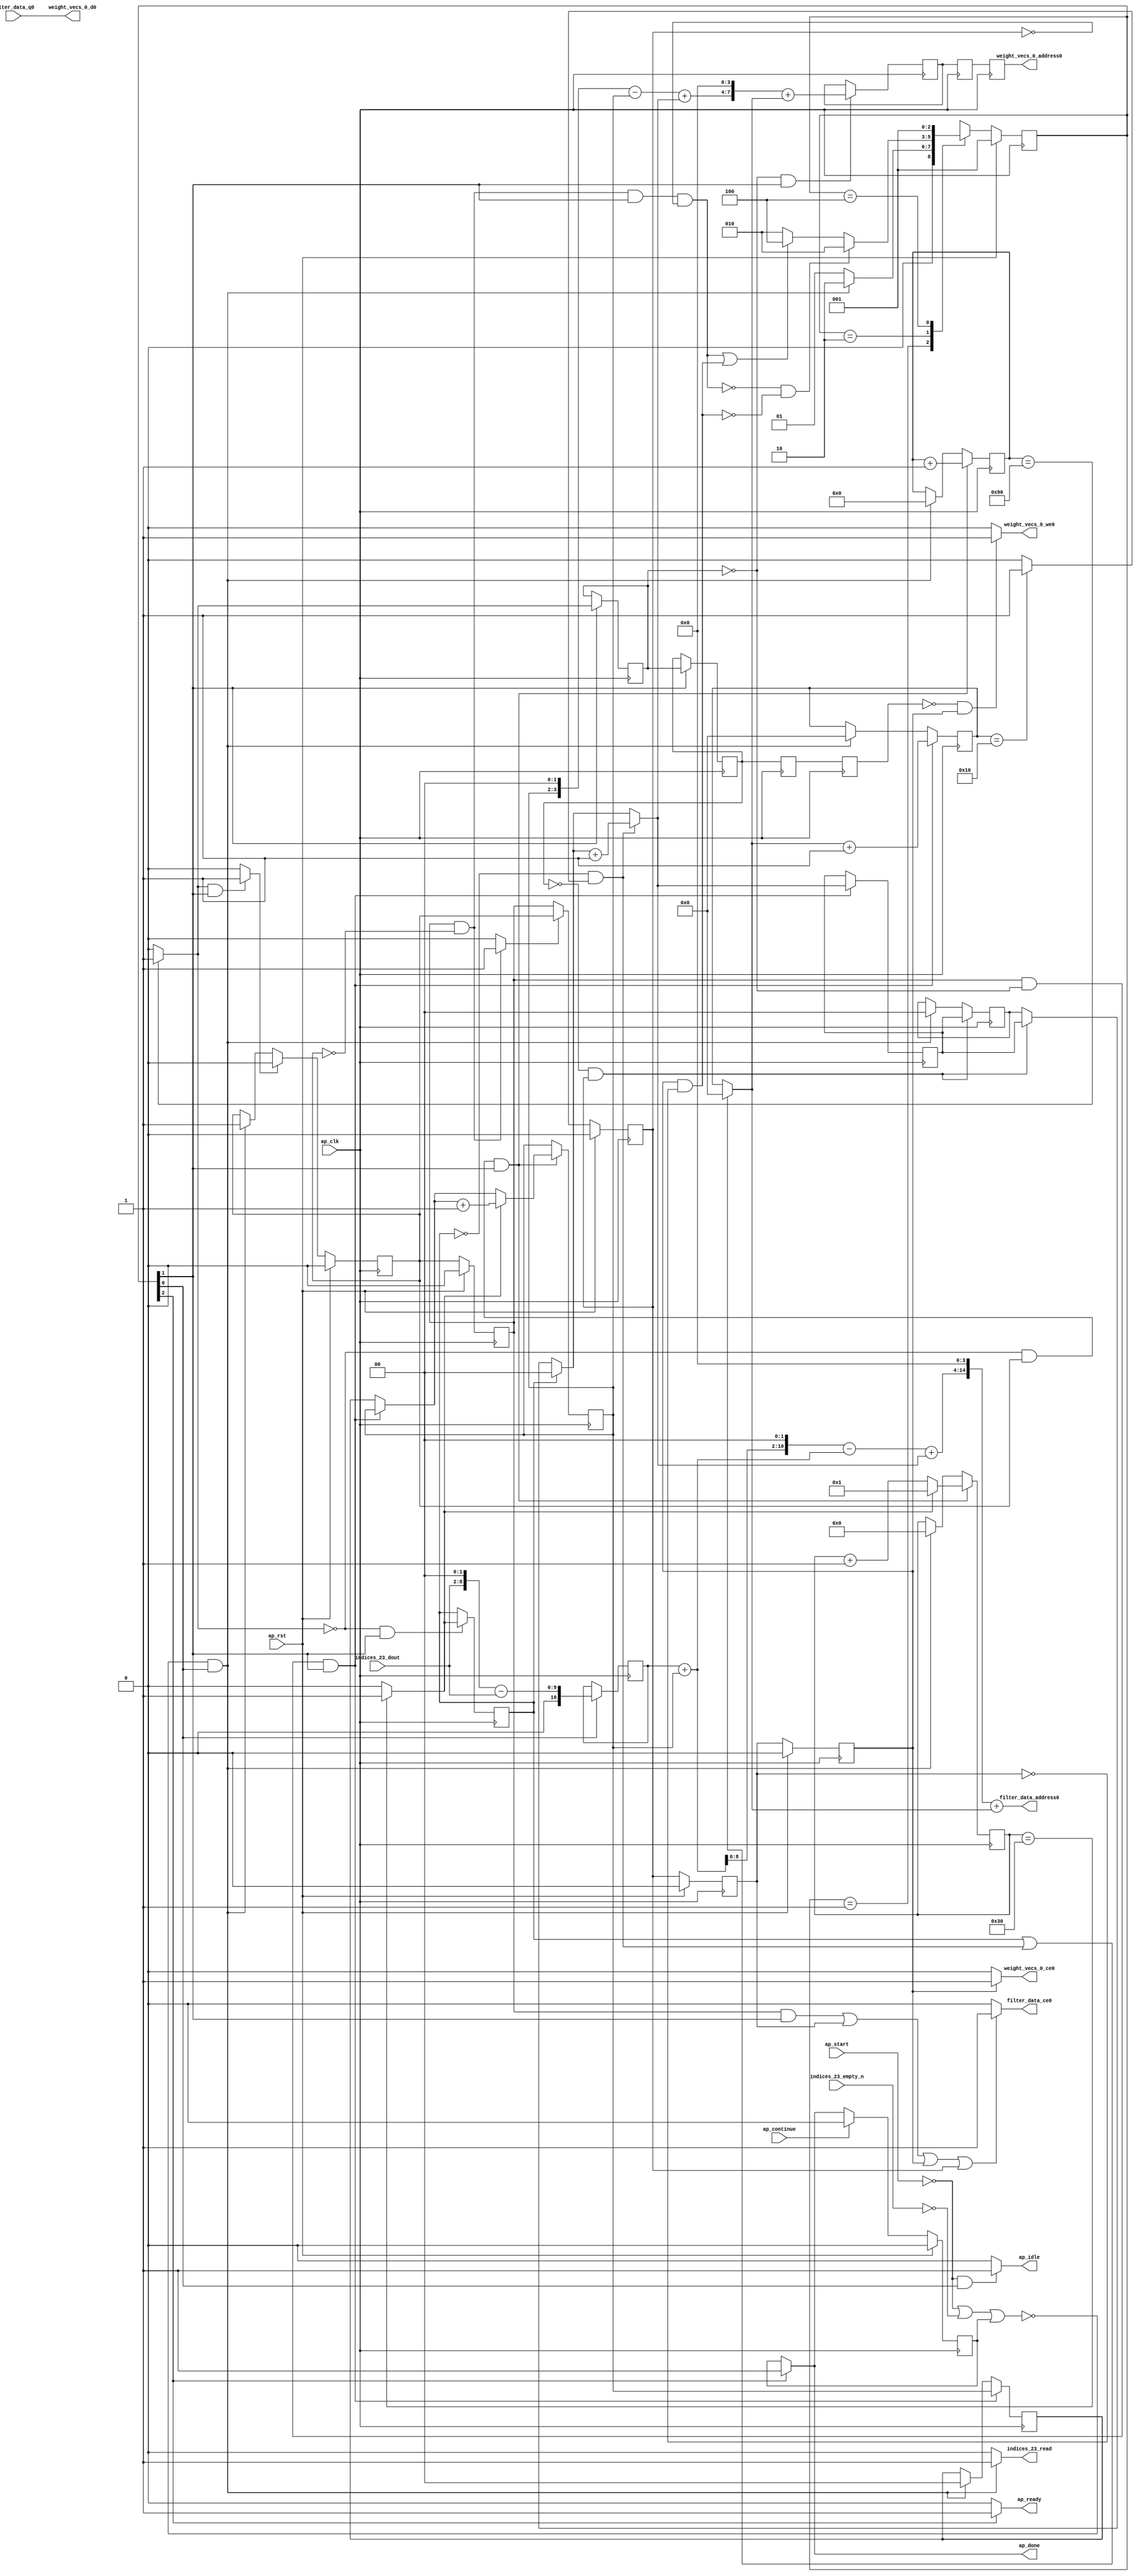
`define EXPONENT 5
`define MANTISSA 10
`define ACTUAL_MANTISSA 11
`define EXPONENT_LSB 10
`define EXPONENT_MSB 14
`define MANTISSA_LSB 0
`define MANTISSA_MSB 9
`define MANTISSA_MUL_SPLIT_LSB 3
`define MANTISSA_MUL_SPLIT_MSB 9
`define SIGN 1
`define SIGN_LOC 15
`define DWIDTH (`SIGN+`EXPONENT+`MANTISSA)
`define IEEE_COMPLIANCE 1

module td_fused_top_tdf4_readFilters36 (
        ap_clk,
        ap_rst,
        ap_start,
        ap_done,
        ap_continue,
        ap_idle,
        ap_ready,
        filter_data_address0,
        filter_data_ce0,
        filter_data_q0,
        indices_23_dout,
        indices_23_empty_n,
        indices_23_read,
        weight_vecs_0_address0,
        weight_vecs_0_ce0,
        weight_vecs_0_we0,
        weight_vecs_0_d0
);

parameter    ap_ST_fsm_state1 = 3'd1;
parameter    ap_ST_fsm_pp0_stage0 = 3'd2;
parameter    ap_ST_fsm_state7 = 3'd4;

input   ap_clk;
input   ap_rst;
input   ap_start;
output   ap_done;
input   ap_continue;
output   ap_idle;
output   ap_ready;
output  [14:0] filter_data_address0;
output   filter_data_ce0;
input  [15:0] filter_data_q0;
input  [6:0] indices_23_dout;
input   indices_23_empty_n;
output   indices_23_read;
output  [7:0] weight_vecs_0_address0;
output   weight_vecs_0_ce0;
output   weight_vecs_0_we0;
output  [15:0] weight_vecs_0_d0;

reg ap_done;
reg ap_idle;
reg ap_ready;
reg filter_data_ce0;
reg indices_23_read;
reg weight_vecs_0_ce0;
reg weight_vecs_0_we0;

reg    ap_done_reg;
  reg   [2:0] ap_CS_fsm;
wire    ap_CS_fsm_state1;
reg    indices_23_blk_n;
reg   [7:0] indvar_flatten13_reg_123;
reg   [1:0] ii_reg_134;
reg   [6:0] indvar_flatten_reg_145;
reg   [1:0] jj_reg_156;
reg   [4:0] kk_reg_167;
wire   [10:0] sext_ln47_fu_200_p1;
reg   [10:0] sext_ln47_reg_408;
wire   [7:0] add_ln47_4_fu_204_p2;
wire    ap_CS_fsm_pp0_stage0;
reg    ap_enable_reg_pp0_iter0;
wire    ap_block_state2_pp0_stage0_iter0;
wire    ap_block_state3_pp0_stage0_iter1;
wire    ap_block_state4_pp0_stage0_iter2;
wire    ap_block_state5_pp0_stage0_iter3;
wire    ap_block_state6_pp0_stage0_iter4;
wire    ap_block_pp0_stage0_11001;
wire   [0:0] icmp_ln47_fu_210_p2;
reg   [0:0] icmp_ln47_reg_418;
reg   [0:0] icmp_ln47_reg_418_pp0_iter1_reg;
reg   [0:0] icmp_ln47_reg_418_pp0_iter2_reg;
reg   [0:0] icmp_ln47_reg_418_pp0_iter3_reg;
wire   [0:0] icmp_ln48_fu_222_p2;
reg   [0:0] icmp_ln48_reg_422;
wire   [1:0] select_ln47_4_fu_228_p3;
reg   [1:0] select_ln47_4_reg_429;
wire   [6:0] select_ln48_8_fu_242_p3;
wire   [1:0] select_ln48_7_fu_329_p3;
reg   [1:0] select_ln48_7_reg_442;
reg    ap_enable_reg_pp0_iter1;
wire   [7:0] add_ln55_16_fu_392_p2;
reg   [7:0] add_ln55_16_reg_452;
reg   [7:0] add_ln55_16_reg_452_pp0_iter2_reg;
reg   [7:0] add_ln55_16_reg_452_pp0_iter3_reg;
wire   [4:0] add_ln49_fu_398_p2;
reg    ap_block_state1;
wire    ap_block_pp0_stage0_subdone;
reg    ap_condition_pp0_flush_enable;
reg    ap_enable_reg_pp0_iter2;
reg    ap_condition_pp0_exit_iter1_state3;
reg    ap_enable_reg_pp0_iter3;
reg    ap_enable_reg_pp0_iter4;
reg   [1:0] ap_phi_mux_ii_phi_fu_138_p4;
wire    ap_block_pp0_stage0;
reg   [1:0] ap_phi_mux_jj_phi_fu_160_p4;
wire   [63:0] zext_ln55_37_fu_387_p1;
wire   [63:0] zext_ln55_38_fu_404_p1;
wire   [8:0] tmp_fu_182_p3;
wire   [9:0] zext_ln55_30_fu_190_p1;
wire   [9:0] zext_ln55_fu_178_p1;
wire   [9:0] sub_ln55_fu_194_p2;
wire   [1:0] add_ln47_fu_216_p2;
wire   [6:0] add_ln48_4_fu_236_p2;
wire   [10:0] zext_ln55_32_fu_260_p1;
wire   [10:0] add_ln55_fu_263_p2;
wire   [10:0] shl_ln55_fu_268_p2;
wire   [3:0] tmp_s_fu_280_p3;
wire   [3:0] zext_ln55_31_fu_257_p1;
wire   [0:0] icmp_ln49_fu_298_p2;
wire   [0:0] xor_ln47_fu_293_p2;
wire   [1:0] select_ln47_fu_250_p3;
wire   [0:0] and_ln47_fu_304_p2;
wire   [0:0] or_ln48_fu_316_p2;
wire   [1:0] add_ln48_fu_310_p2;
wire   [10:0] sub_ln55_7_fu_274_p2;
wire   [10:0] zext_ln55_34_fu_341_p1;
wire   [10:0] add_ln55_13_fu_345_p2;
wire   [3:0] sub_ln55_8_fu_287_p2;
wire   [3:0] zext_ln55_33_fu_337_p1;
wire   [3:0] add_ln55_14_fu_359_p2;
wire   [4:0] select_ln48_fu_321_p3;
wire   [14:0] tmp_91_cast_fu_351_p3;
wire   [14:0] zext_ln55_36_fu_377_p1;
wire   [14:0] add_ln55_15_fu_381_p2;
wire   [7:0] tmp_93_cast_fu_365_p3;
wire   [7:0] zext_ln55_35_fu_373_p1;
wire    ap_CS_fsm_state7;
reg   [2:0] ap_NS_fsm;
reg    ap_idle_pp0;
wire    ap_enable_pp0;
wire    ap_ce_reg;

// power-on initialization
initial begin
#0 ap_done_reg = 1'b0;
#0 ap_CS_fsm = 3'd1;
#0 ap_enable_reg_pp0_iter0 = 1'b0;
#0 ap_enable_reg_pp0_iter1 = 1'b0;
#0 ap_enable_reg_pp0_iter2 = 1'b0;
#0 ap_enable_reg_pp0_iter3 = 1'b0;
#0 ap_enable_reg_pp0_iter4 = 1'b0;
end

always @ (posedge ap_clk) begin
    if (ap_rst == 1'b1) begin
        ap_CS_fsm <= ap_ST_fsm_state1;
    end else begin
        ap_CS_fsm <= ap_NS_fsm;
    end
end

always @ (posedge ap_clk) begin
    if (ap_rst == 1'b1) begin
        ap_done_reg <= 1'b0;
    end else begin
        if ((ap_continue == 1'b1)) begin
            ap_done_reg <= 1'b0;
        end else if ((1'b1 == ap_CS_fsm_state7)) begin
            ap_done_reg <= 1'b1;
        end
    end
end

always @ (posedge ap_clk) begin
    if (ap_rst == 1'b1) begin
        ap_enable_reg_pp0_iter0 <= 1'b0;
    end else begin
        if ((1'b1 == ap_condition_pp0_flush_enable)) begin
            ap_enable_reg_pp0_iter0 <= 1'b0;
        end else if ((~((ap_start == 1'b0) | (indices_23_empty_n == 1'b0) | (ap_done_reg == 1'b1)) & (1'b1 == ap_CS_fsm_state1))) begin
            ap_enable_reg_pp0_iter0 <= 1'b1;
        end
    end
end

always @ (posedge ap_clk) begin
    if (ap_rst == 1'b1) begin
        ap_enable_reg_pp0_iter1 <= 1'b0;
    end else begin
        if ((1'b0 == ap_block_pp0_stage0_subdone)) begin
            ap_enable_reg_pp0_iter1 <= ap_enable_reg_pp0_iter0;
        end
    end
end

always @ (posedge ap_clk) begin
    if (ap_rst == 1'b1) begin
        ap_enable_reg_pp0_iter2 <= 1'b0;
    end else begin
        if ((1'b0 == ap_block_pp0_stage0_subdone)) begin
            if ((1'b1 == ap_condition_pp0_exit_iter1_state3)) begin
                ap_enable_reg_pp0_iter2 <= ap_enable_reg_pp0_iter0;
            end else if ((1'b1 == 1'b1)) begin
                ap_enable_reg_pp0_iter2 <= ap_enable_reg_pp0_iter1;
            end
        end
    end
end

always @ (posedge ap_clk) begin
    if (ap_rst == 1'b1) begin
        ap_enable_reg_pp0_iter3 <= 1'b0;
    end else begin
        if ((1'b0 == ap_block_pp0_stage0_subdone)) begin
            ap_enable_reg_pp0_iter3 <= ap_enable_reg_pp0_iter2;
        end
    end
end

always @ (posedge ap_clk) begin
    if (ap_rst == 1'b1) begin
        ap_enable_reg_pp0_iter4 <= 1'b0;
    end else begin
        if ((1'b0 == ap_block_pp0_stage0_subdone)) begin
            ap_enable_reg_pp0_iter4 <= ap_enable_reg_pp0_iter3;
        end else if ((~((ap_start == 1'b0) | (indices_23_empty_n == 1'b0) | (ap_done_reg == 1'b1)) & (1'b1 == ap_CS_fsm_state1))) begin
            ap_enable_reg_pp0_iter4 <= 1'b0;
        end
    end
end

always @ (posedge ap_clk) begin
    if (((ap_enable_reg_pp0_iter1 == 1'b1) & (icmp_ln47_reg_418 == 1'd0) & (1'b0 == ap_block_pp0_stage0_11001) & (1'b1 == ap_CS_fsm_pp0_stage0))) begin
        ii_reg_134 <= select_ln47_4_reg_429;
    end else if ((~((ap_start == 1'b0) | (indices_23_empty_n == 1'b0) | (ap_done_reg == 1'b1)) & (1'b1 == ap_CS_fsm_state1))) begin
        ii_reg_134 <= 2'd0;
    end
end

always @ (posedge ap_clk) begin
    if (((icmp_ln47_fu_210_p2 == 1'd0) & (1'b0 == ap_block_pp0_stage0_11001) & (ap_enable_reg_pp0_iter0 == 1'b1) & (1'b1 == ap_CS_fsm_pp0_stage0))) begin
        indvar_flatten13_reg_123 <= add_ln47_4_fu_204_p2;
    end else if ((~((ap_start == 1'b0) | (indices_23_empty_n == 1'b0) | (ap_done_reg == 1'b1)) & (1'b1 == ap_CS_fsm_state1))) begin
        indvar_flatten13_reg_123 <= 8'd0;
    end
end

always @ (posedge ap_clk) begin
    if (((icmp_ln47_fu_210_p2 == 1'd0) & (1'b0 == ap_block_pp0_stage0_11001) & (ap_enable_reg_pp0_iter0 == 1'b1) & (1'b1 == ap_CS_fsm_pp0_stage0))) begin
        indvar_flatten_reg_145 <= select_ln48_8_fu_242_p3;
    end else if ((~((ap_start == 1'b0) | (indices_23_empty_n == 1'b0) | (ap_done_reg == 1'b1)) & (1'b1 == ap_CS_fsm_state1))) begin
        indvar_flatten_reg_145 <= 7'd0;
    end
end

always @ (posedge ap_clk) begin
    if (((icmp_ln47_reg_418_pp0_iter1_reg == 1'd0) & (1'b0 == ap_block_pp0_stage0_11001) & (ap_enable_reg_pp0_iter2 == 1'b1))) begin
        jj_reg_156 <= select_ln48_7_reg_442;
    end else if ((~((ap_start == 1'b0) | (indices_23_empty_n == 1'b0) | (ap_done_reg == 1'b1)) & (1'b1 == ap_CS_fsm_state1))) begin
        jj_reg_156 <= 2'd0;
    end
end

always @ (posedge ap_clk) begin
    if (((ap_enable_reg_pp0_iter1 == 1'b1) & (icmp_ln47_reg_418 == 1'd0) & (1'b0 == ap_block_pp0_stage0_11001) & (1'b1 == ap_CS_fsm_pp0_stage0))) begin
        kk_reg_167 <= add_ln49_fu_398_p2;
    end else if ((~((ap_start == 1'b0) | (indices_23_empty_n == 1'b0) | (ap_done_reg == 1'b1)) & (1'b1 == ap_CS_fsm_state1))) begin
        kk_reg_167 <= 5'd0;
    end
end

always @ (posedge ap_clk) begin
    if (((icmp_ln47_reg_418 == 1'd0) & (1'b0 == ap_block_pp0_stage0_11001) & (1'b1 == ap_CS_fsm_pp0_stage0))) begin
        add_ln55_16_reg_452 <= add_ln55_16_fu_392_p2;
    end
end

always @ (posedge ap_clk) begin
    if ((1'b0 == ap_block_pp0_stage0_11001)) begin
        add_ln55_16_reg_452_pp0_iter2_reg <= add_ln55_16_reg_452;
        add_ln55_16_reg_452_pp0_iter3_reg <= add_ln55_16_reg_452_pp0_iter2_reg;
        icmp_ln47_reg_418_pp0_iter2_reg <= icmp_ln47_reg_418_pp0_iter1_reg;
        icmp_ln47_reg_418_pp0_iter3_reg <= icmp_ln47_reg_418_pp0_iter2_reg;
    end
end

always @ (posedge ap_clk) begin
    if (((1'b0 == ap_block_pp0_stage0_11001) & (1'b1 == ap_CS_fsm_pp0_stage0))) begin
        icmp_ln47_reg_418 <= icmp_ln47_fu_210_p2;
        icmp_ln47_reg_418_pp0_iter1_reg <= icmp_ln47_reg_418;
    end
end

always @ (posedge ap_clk) begin
    if (((icmp_ln47_fu_210_p2 == 1'd0) & (1'b0 == ap_block_pp0_stage0_11001) & (1'b1 == ap_CS_fsm_pp0_stage0))) begin
        icmp_ln48_reg_422 <= icmp_ln48_fu_222_p2;
    end
end

always @ (posedge ap_clk) begin
    if (((icmp_ln47_fu_210_p2 == 1'd0) & (1'b0 == ap_block_pp0_stage0_11001) & (ap_enable_reg_pp0_iter0 == 1'b1) & (1'b1 == ap_CS_fsm_pp0_stage0))) begin
        select_ln47_4_reg_429 <= select_ln47_4_fu_228_p3;
    end
end

always @ (posedge ap_clk) begin
    if (((ap_enable_reg_pp0_iter1 == 1'b1) & (icmp_ln47_reg_418 == 1'd0) & (1'b0 == ap_block_pp0_stage0_11001) & (1'b1 == ap_CS_fsm_pp0_stage0))) begin
        select_ln48_7_reg_442 <= select_ln48_7_fu_329_p3;
    end
end

always @ (posedge ap_clk) begin
    if ((1'b1 == ap_CS_fsm_state1)) begin
        sext_ln47_reg_408 <= sext_ln47_fu_200_p1;
    end
end

always @ (*) begin
    if (((ap_enable_reg_pp0_iter1 == 1'b1) & (ap_enable_reg_pp0_iter0 == 1'b0))) begin
        ap_condition_pp0_exit_iter1_state3 = 1'b1;
    end else begin
        ap_condition_pp0_exit_iter1_state3 = 1'b0;
    end
end

always @ (*) begin
    if (((icmp_ln47_fu_210_p2 == 1'd1) & (1'b0 == ap_block_pp0_stage0_subdone) & (1'b1 == ap_CS_fsm_pp0_stage0))) begin
        ap_condition_pp0_flush_enable = 1'b1;
    end else begin
        ap_condition_pp0_flush_enable = 1'b0;
    end
end

always @ (*) begin
    if ((1'b1 == ap_CS_fsm_state7)) begin
        ap_done = 1'b1;
    end else begin
        ap_done = ap_done_reg;
    end
end

always @ (*) begin
    if (((ap_start == 1'b0) & (1'b1 == ap_CS_fsm_state1))) begin
        ap_idle = 1'b1;
    end else begin
        ap_idle = 1'b0;
    end
end

always @ (*) begin
    if (((ap_enable_reg_pp0_iter1 == 1'b0) & (ap_enable_reg_pp0_iter0 == 1'b0) & (ap_enable_reg_pp0_iter4 == 1'b0) & (ap_enable_reg_pp0_iter3 == 1'b0) & (ap_enable_reg_pp0_iter2 == 1'b0))) begin
        ap_idle_pp0 = 1'b1;
    end else begin
        ap_idle_pp0 = 1'b0;
    end
end

always @ (*) begin
    if (((ap_enable_reg_pp0_iter1 == 1'b1) & (icmp_ln47_reg_418 == 1'd0) & (1'b0 == ap_block_pp0_stage0) & (1'b1 == ap_CS_fsm_pp0_stage0))) begin
        ap_phi_mux_ii_phi_fu_138_p4 = select_ln47_4_reg_429;
    end else begin
        ap_phi_mux_ii_phi_fu_138_p4 = ii_reg_134;
    end
end

always @ (*) begin
    if (((icmp_ln47_reg_418_pp0_iter1_reg == 1'd0) & (1'b0 == ap_block_pp0_stage0) & (ap_enable_reg_pp0_iter2 == 1'b1))) begin
        ap_phi_mux_jj_phi_fu_160_p4 = select_ln48_7_reg_442;
    end else begin
        ap_phi_mux_jj_phi_fu_160_p4 = jj_reg_156;
    end
end

always @ (*) begin
    if ((1'b1 == ap_CS_fsm_state7)) begin
        ap_ready = 1'b1;
    end else begin
        ap_ready = 1'b0;
    end
end

always @ (*) begin
    if ((((ap_enable_reg_pp0_iter1 == 1'b1) & (1'b0 == ap_block_pp0_stage0_11001) & (1'b1 == ap_CS_fsm_pp0_stage0)) | ((1'b0 == ap_block_pp0_stage0_11001) & (ap_enable_reg_pp0_iter3 == 1'b1)) | ((1'b0 == ap_block_pp0_stage0_11001) & (ap_enable_reg_pp0_iter4 == 1'b1)) | ((1'b0 == ap_block_pp0_stage0_11001) & (ap_enable_reg_pp0_iter2 == 1'b1)))) begin
        filter_data_ce0 = 1'b1;
    end else begin
        filter_data_ce0 = 1'b0;
    end
end

always @ (*) begin
    if ((~((ap_start == 1'b0) | (ap_done_reg == 1'b1)) & (1'b1 == ap_CS_fsm_state1))) begin
        indices_23_blk_n = indices_23_empty_n;
    end else begin
        indices_23_blk_n = 1'b1;
    end
end

always @ (*) begin
    if ((~((ap_start == 1'b0) | (indices_23_empty_n == 1'b0) | (ap_done_reg == 1'b1)) & (1'b1 == ap_CS_fsm_state1))) begin
        indices_23_read = 1'b1;
    end else begin
        indices_23_read = 1'b0;
    end
end

always @ (*) begin
    if (((1'b0 == ap_block_pp0_stage0_11001) & (ap_enable_reg_pp0_iter4 == 1'b1))) begin
        weight_vecs_0_ce0 = 1'b1;
    end else begin
        weight_vecs_0_ce0 = 1'b0;
    end
end

always @ (*) begin
    if (((icmp_ln47_reg_418_pp0_iter3_reg == 1'd0) & (1'b0 == ap_block_pp0_stage0_11001) & (ap_enable_reg_pp0_iter4 == 1'b1))) begin
        weight_vecs_0_we0 = 1'b1;
    end else begin
        weight_vecs_0_we0 = 1'b0;
    end
end

always @ (*) begin
    case (ap_CS_fsm)
        ap_ST_fsm_state1 : begin
            if ((~((ap_start == 1'b0) | (indices_23_empty_n == 1'b0) | (ap_done_reg == 1'b1)) & (1'b1 == ap_CS_fsm_state1))) begin
                ap_NS_fsm = ap_ST_fsm_pp0_stage0;
            end else begin
                ap_NS_fsm = ap_ST_fsm_state1;
            end
        end
        ap_ST_fsm_pp0_stage0 : begin
            if ((~((ap_enable_reg_pp0_iter1 == 1'b1) & (1'b0 == ap_block_pp0_stage0_subdone) & (ap_enable_reg_pp0_iter0 == 1'b0) & (1'b1 == ap_CS_fsm_pp0_stage0) & (ap_enable_reg_pp0_iter2 == 1'b0)) & ~((1'b0 == ap_block_pp0_stage0_subdone) & (ap_enable_reg_pp0_iter4 == 1'b1) & (ap_enable_reg_pp0_iter3 == 1'b0)))) begin
                ap_NS_fsm = ap_ST_fsm_pp0_stage0;
            end else if ((((ap_enable_reg_pp0_iter1 == 1'b1) & (1'b0 == ap_block_pp0_stage0_subdone) & (ap_enable_reg_pp0_iter0 == 1'b0) & (1'b1 == ap_CS_fsm_pp0_stage0) & (ap_enable_reg_pp0_iter2 == 1'b0)) | ((1'b0 == ap_block_pp0_stage0_subdone) & (ap_enable_reg_pp0_iter4 == 1'b1) & (ap_enable_reg_pp0_iter3 == 1'b0)))) begin
                ap_NS_fsm = ap_ST_fsm_state7;
            end else begin
                ap_NS_fsm = ap_ST_fsm_pp0_stage0;
            end
        end
        ap_ST_fsm_state7 : begin
            ap_NS_fsm = ap_ST_fsm_state1;
        end
        default : begin
            ap_NS_fsm = 'bx;
        end
    endcase
end

assign add_ln47_4_fu_204_p2 = (indvar_flatten13_reg_123 + 8'd1);

assign add_ln47_fu_216_p2 = (ap_phi_mux_ii_phi_fu_138_p4 + 2'd1);

assign add_ln48_4_fu_236_p2 = (indvar_flatten_reg_145 + 7'd1);

assign add_ln48_fu_310_p2 = (select_ln47_fu_250_p3 + 2'd1);

assign add_ln49_fu_398_p2 = (select_ln48_fu_321_p3 + 5'd1);

assign add_ln55_13_fu_345_p2 = (sub_ln55_7_fu_274_p2 + zext_ln55_34_fu_341_p1);

assign add_ln55_14_fu_359_p2 = (sub_ln55_8_fu_287_p2 + zext_ln55_33_fu_337_p1);

assign add_ln55_15_fu_381_p2 = (tmp_91_cast_fu_351_p3 + zext_ln55_36_fu_377_p1);

assign add_ln55_16_fu_392_p2 = (tmp_93_cast_fu_365_p3 + zext_ln55_35_fu_373_p1);

assign add_ln55_fu_263_p2 = ((sext_ln47_reg_408) + (zext_ln55_32_fu_260_p1));

assign and_ln47_fu_304_p2 = (xor_ln47_fu_293_p2 & icmp_ln49_fu_298_p2);

assign ap_CS_fsm_pp0_stage0 = ap_CS_fsm[32'd1];

assign ap_CS_fsm_state1 = ap_CS_fsm[32'd0];

assign ap_CS_fsm_state7 = ap_CS_fsm[32'd2];

assign ap_block_pp0_stage0 = ~(1'b1 == 1'b1);

assign ap_block_pp0_stage0_11001 = ~(1'b1 == 1'b1);

assign ap_block_pp0_stage0_subdone = ~(1'b1 == 1'b1);

always @ (*) begin
    ap_block_state1 = ((ap_start == 1'b0) | (indices_23_empty_n == 1'b0) | (ap_done_reg == 1'b1));
end

assign ap_block_state2_pp0_stage0_iter0 = ~(1'b1 == 1'b1);

assign ap_block_state3_pp0_stage0_iter1 = ~(1'b1 == 1'b1);

assign ap_block_state4_pp0_stage0_iter2 = ~(1'b1 == 1'b1);

assign ap_block_state5_pp0_stage0_iter3 = ~(1'b1 == 1'b1);

assign ap_block_state6_pp0_stage0_iter4 = ~(1'b1 == 1'b1);

assign ap_enable_pp0 = (ap_idle_pp0 ^ 1'b1);

assign filter_data_address0 = zext_ln55_37_fu_387_p1;

assign icmp_ln47_fu_210_p2 = ((indvar_flatten13_reg_123 == 8'd144) ? 1'b1 : 1'b0);

assign icmp_ln48_fu_222_p2 = ((indvar_flatten_reg_145 == 7'd48) ? 1'b1 : 1'b0);

assign icmp_ln49_fu_298_p2 = ((kk_reg_167 == 5'd16) ? 1'b1 : 1'b0);

assign or_ln48_fu_316_p2 = (icmp_ln48_reg_422 | and_ln47_fu_304_p2);

assign select_ln47_4_fu_228_p3 = ((icmp_ln48_fu_222_p2[0:0] == 1'b1) ? add_ln47_fu_216_p2 : ap_phi_mux_ii_phi_fu_138_p4);

assign select_ln47_fu_250_p3 = ((icmp_ln48_reg_422[0:0] == 1'b1) ? 2'd0 : ap_phi_mux_jj_phi_fu_160_p4);

assign select_ln48_7_fu_329_p3 = ((and_ln47_fu_304_p2[0:0] == 1'b1) ? add_ln48_fu_310_p2 : select_ln47_fu_250_p3);

assign select_ln48_8_fu_242_p3 = ((icmp_ln48_fu_222_p2[0:0] == 1'b1) ? 7'd1 : add_ln48_4_fu_236_p2);

assign select_ln48_fu_321_p3 = ((or_ln48_fu_316_p2[0:0] == 1'b1) ? 5'd0 : kk_reg_167);

assign sext_ln47_fu_200_p1 = (sub_ln55_fu_194_p2);

assign shl_ln55_fu_268_p2 = add_ln55_fu_263_p2 << 11'd2;

assign sub_ln55_7_fu_274_p2 = (shl_ln55_fu_268_p2 - add_ln55_fu_263_p2);

assign sub_ln55_8_fu_287_p2 = (tmp_s_fu_280_p3 - zext_ln55_31_fu_257_p1);

assign sub_ln55_fu_194_p2 = (zext_ln55_30_fu_190_p1 - zext_ln55_fu_178_p1);

assign tmp_91_cast_fu_351_p3 = {{add_ln55_13_fu_345_p2}, {4'd0}};

assign tmp_93_cast_fu_365_p3 = {{add_ln55_14_fu_359_p2}, {4'd0}};

assign tmp_fu_182_p3 = {{indices_23_dout}, {2'd0}};

assign tmp_s_fu_280_p3 = {{select_ln47_4_reg_429}, {2'd0}};

assign weight_vecs_0_address0 = zext_ln55_38_fu_404_p1;

assign weight_vecs_0_d0 = filter_data_q0;

assign xor_ln47_fu_293_p2 = (icmp_ln48_reg_422 ^ 1'd1);

assign zext_ln55_30_fu_190_p1 = tmp_fu_182_p3;

assign zext_ln55_31_fu_257_p1 = select_ln47_4_reg_429;

assign zext_ln55_32_fu_260_p1 = select_ln47_4_reg_429;

assign zext_ln55_33_fu_337_p1 = select_ln48_7_fu_329_p3;

assign zext_ln55_34_fu_341_p1 = select_ln48_7_fu_329_p3;

assign zext_ln55_35_fu_373_p1 = select_ln48_fu_321_p3;

assign zext_ln55_36_fu_377_p1 = select_ln48_fu_321_p3;

assign zext_ln55_37_fu_387_p1 = add_ln55_15_fu_381_p2;

assign zext_ln55_38_fu_404_p1 = add_ln55_16_reg_452_pp0_iter3_reg;

assign zext_ln55_fu_178_p1 = indices_23_dout;

endmodule //td_fused_top_tdf4_readFilters36